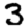
Digit: 3